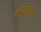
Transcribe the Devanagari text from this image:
क्रोनोटाईप